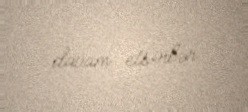
davam etsinlər.